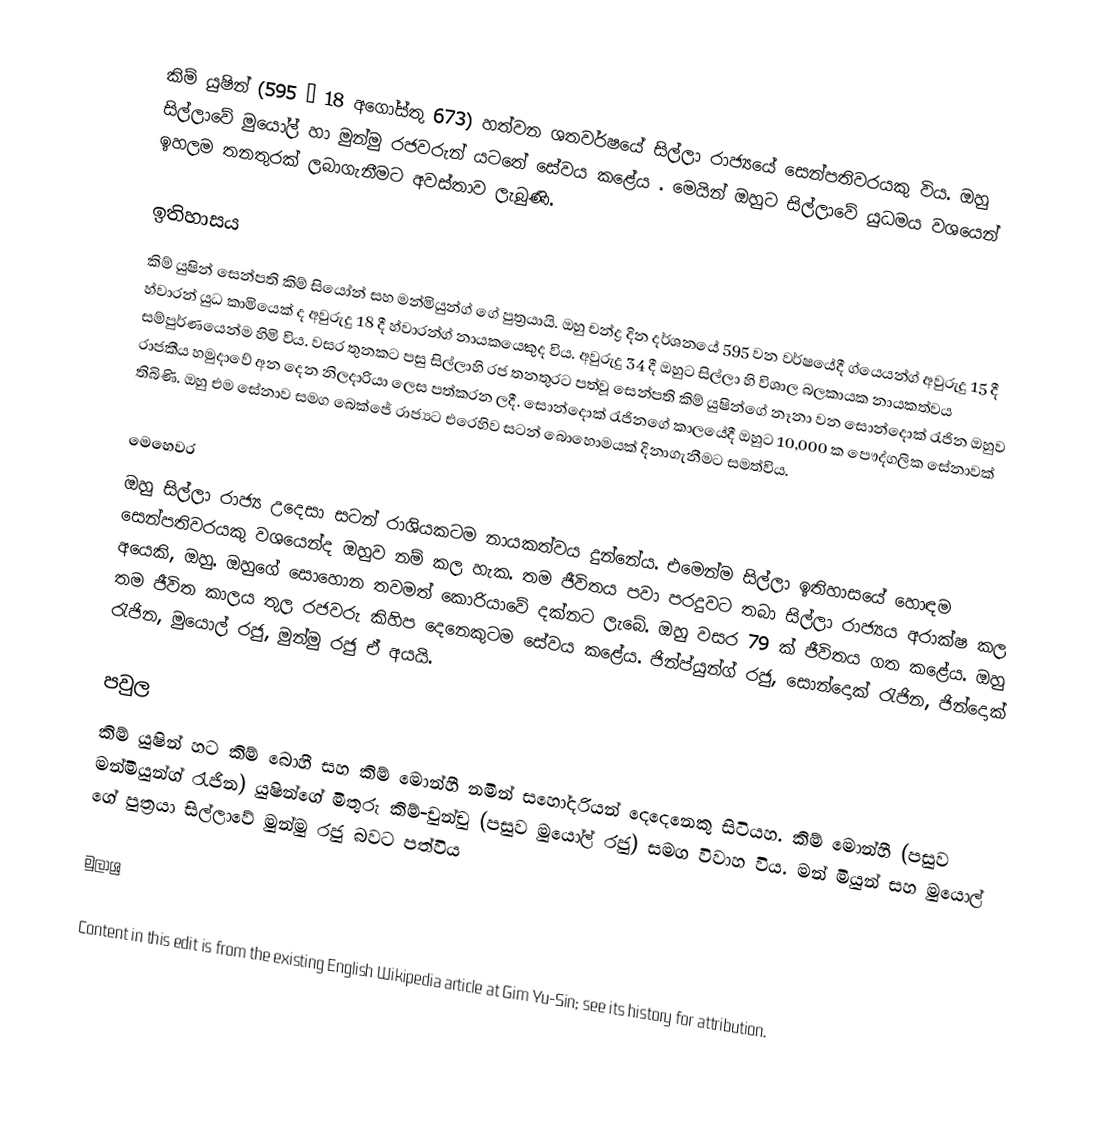
කිම් යුෂින් (595 – 18 අගෝස්තු 673) හත්වන ශතවර්ෂයේ සිල්ලා රාජ්‍යයේ සෙන්පතිවරයකු විය. ඔහු සිල්ලාවේ මුයෝල් හා මුන්මු රජවරුන් යටතේ සේවය කළේය . මෙයින් ඔහුට සිල්ලාවේ යුධමය වශයෙන් ඉහලම තනතුරක් ලබාගැනීමට අවස්තාව ලැබුණි.

ඉතිහාසය
කිම් යුෂින් සෙන්පති කිම් සියෝන් සහ මන්මියුන්ග් ගේ පුත්‍රයායි. ඔහු චන්ද්‍ර දින දර්ශනයේ 595 වන වර්ෂයේදී ග්යෙයන්ග් අවුරුදු 15 දී හ්වාරන් යුධ කාමියෙක් ද අවුරුදු 18 දී හ්වාරන්ග් නායකයෙකුද විය. අවුරුදු 34 දී ඔහුට සිල්ලා හි විශාල බලකායක නායකත්වය සම්පුර්ණයෙන්ම හිමි විය. වසර තුනකට පසු සිල්ලාහි රජ තනතුරට පත්වූ සෙන්පති කිම් යුෂින්ගේ නෑනා වන සොන්දොක් රැජින ඔහුව රාජකීය හමුදාවේ අන දෙන නිලදාරියා ලෙස පත්කරන ලදී. සොන්දොක් රැජිනගේ කාලයේදී ඔහුට 10,000 ක පෞද්ගලික සේනාවක් තිබිණි. ඔහු එම සේනාව සමග බෙක්ජේ රාජ්‍යට එරෙහිව සටන් බොහොමයක් දිනාගැනීමට සමත්විය.

මෙහෙවර
ඔහු සිල්ලා රාජ්‍ය උදෙසා සටන් රාශියකටම නායකත්වය දුන්නේය. එමෙන්ම සිල්ලා ඉතිහාසයේ හොඳම සෙන්පතිවරයකු වශයෙන්ද ඔහුව නම් කල හැක. තම ජීවිතය පවා පරදුවට තබා සිල්ලා රාජ්‍යය අරාක්ෂ කල අයෙකි, ඔහු. ඔහුගේ සොහොන තවමත් කොරියාවේ දක්නට ලැබේ. ඔහු වසර 79 ක් ජීවිතය ගත කළේය. ඔහු තම ජීවිත කාලය තුල රජවරු කිහිප දෙනෙකුටම සේවය කළේය. ජින්ප්යුන්ග් රජු, සොන්දොක් රැජින, ජින්දොක් රැජින, මුයොල් රජු, මුන්මු රජු ඒ අයයි.

පවුල
කිම් යුෂින් හට කිම් බොහී සහ කිම් මොන්හී නමින් සහෝදරියන් දෙදෙනෙකු සිටියහ. කිම් මොන්හී (පසුව මන්මියුන්ග් රැජින) යුෂින්ගේ මිතුරු කිම්-චුන්චු (පසුව මුයෝල් රජු) සමග විවාහ විය. මන් මියුන් සහ මුයොල් ගේ පුත්‍රයා සිල්ලාවේ මුන්මු රජු බවට පත්විය

මුලාශ්‍ර

Content in this edit is from the existing English Wikipedia article at Gim Yu-Sin; see its history for attribution.